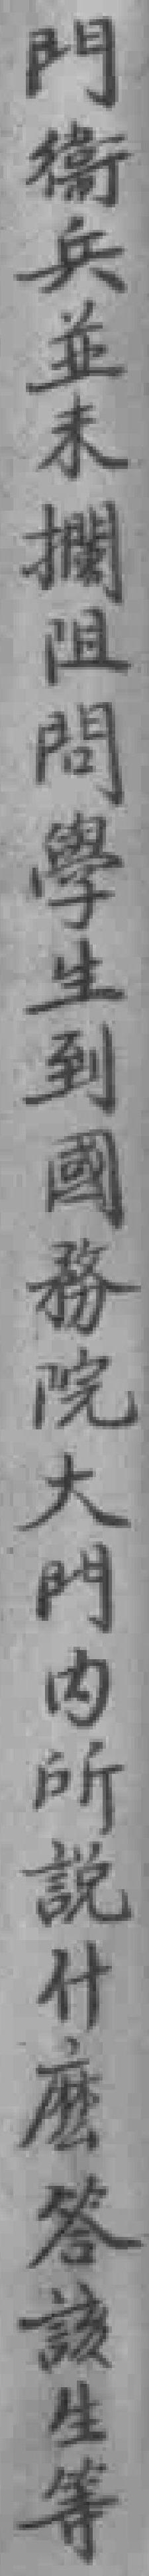
門衛兵並未攔阻問學生到國務院大門内所說什麼答該生等